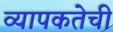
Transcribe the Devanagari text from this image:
व्यापकतेची